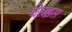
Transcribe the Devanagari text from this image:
वेराइस